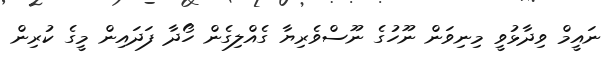
ނައީމް ވިދާޅުވީ މިނިވަން ނޫހުގެ ނޫސްވެރިޔާ ގެއްލިގެން ހޯދާ ފަދައިން މީގެ ކުރިން